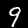
Digit: 9